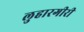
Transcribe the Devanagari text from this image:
लुहारगीरी